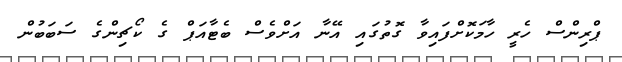
ޕްރިންސް ހެރީ ހާމަކޮށްފައިވާ ގޮތުގައި އޭނާ އަށްވެސް ބެޓާއަޕް ގެ ކޯޗިންގެ ސަބަބުން